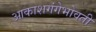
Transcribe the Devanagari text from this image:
आकाशगंगेभोवती